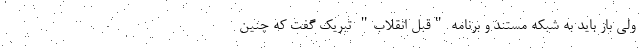
ولی باز باید به شبکه مستند و برنامه "قبل انقلاب" تبریک گفت که چنین